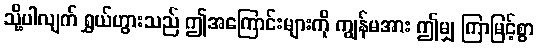
သို့ပါလျက် ရွှယ်ဟွားသည် ဤအကြောင်းများကို ကျွန်မအား ဤမျှ ကြာမြင့်စွာ